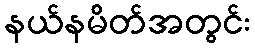
နယ်နမိတ်အတွင်း